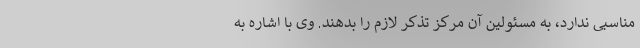
مناسبی ندارد، به مسئولین آن مرکز تذکر لازم را بدهند. وی با اشاره به